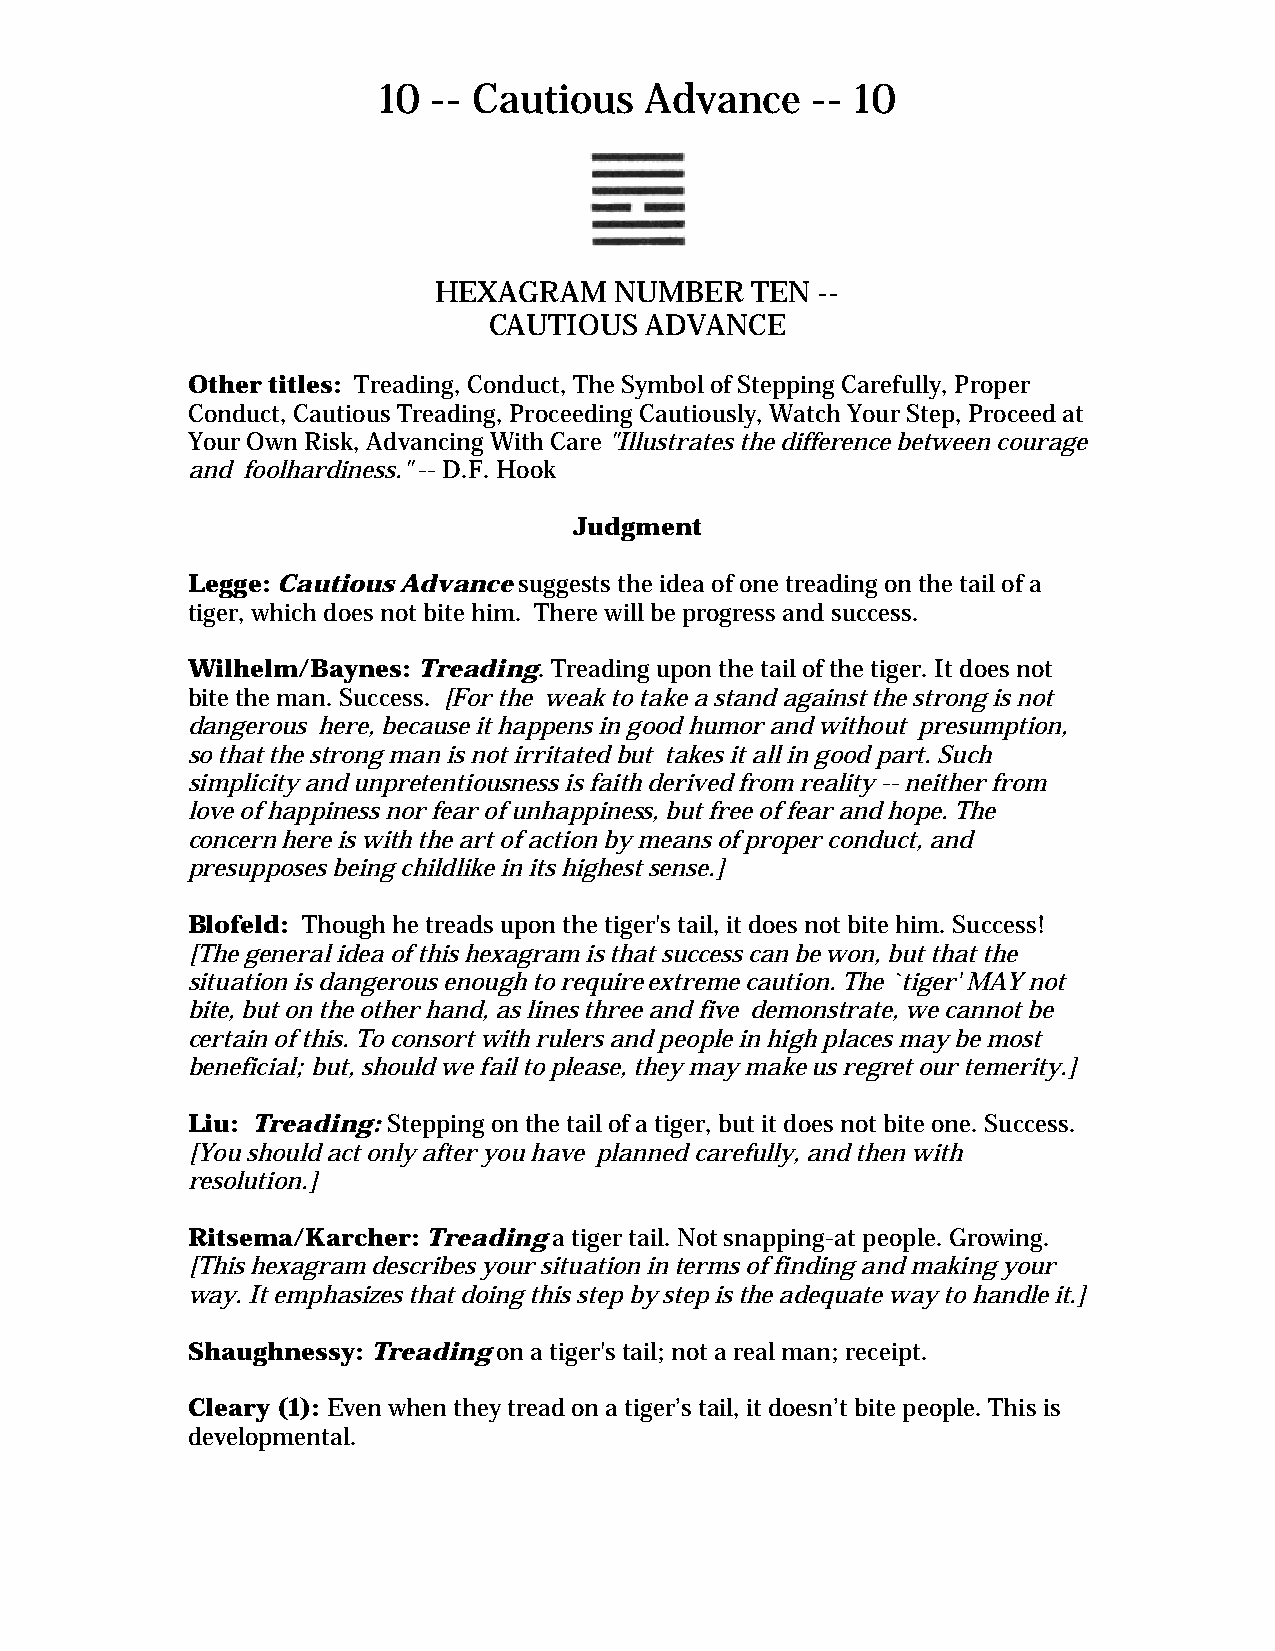
10  -- Cautious   Advance    -- 10
 HEXAGRAM    NUMBER   TEN --
 CAUTIOUS   ADVANCE
 Other titles: Treading, Conduct, The Symbol of Stepping Carefully, Proper
 Conduct, Cautious Treading, Proceeding Cautiously, Watch Your Step, Proceed at
 Your Own Risk, Advancing With Care "Illustrates the difference between courage
 and foolhardiness." -- D.F. Hook
 Judgment
 Legge: Cautious Advance suggests the idea of one treading on the tail of a
 tiger, which does not bite him. There will be progress and success.
 Wilhelm/Baynes: Treading. Treading upon the tail of the tiger. It does not
 bite the man. Success. [For the weak to take a stand against the strong is not
 dangerous here, because it happens in good humor and without presumption,
 so that the strong man is not irritated but takes it all in good part. Such
 simplicity and unpretentiousness is faith derived from reality -- neither from
 love of happiness nor fear of unhappiness, but free of fear and hope. The
 concern here is with the art of action by means of proper conduct, and
 presupposes being childlike in its highest sense.]
 Blofeld: Though he treads upon the tiger's tail, it does not bite him. Success!
 [The general idea of this hexagram is that success can be won, but that the
 situation is dangerous enough to require extreme caution. The `tiger' MAY not
 bite, but on the other hand, as lines three and five demonstrate, we cannot be
 certain of this. To consort with rulers and people in high places may be most
 beneficial; but, should we fail to please, they may make us regret our temerity.]
 Liu: Treading: Stepping on the tail of a tiger, but it does not bite one. Success.
 [You should act only after you have planned carefully, and then with
 resolution.]
 Ritsema/Karcher: Treading a tiger tail. Not snapping-at people. Growing.
 [This hexagram describes your situation in terms of finding and making your
 way. It emphasizes that doing this step by step is the adequate way to handle it.]
 Shaughnessy: Treading on a tiger's tail; not a real man; receipt.
 Cleary (1): Even when they tread on a tiger’s tail, it doesn’t bite people. This is
 developmental.